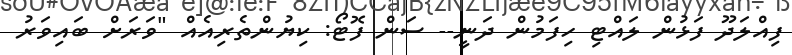
ފިއްލަދޫ ފަޅުން ލައްޓި ހިފަމުން ދަނީ-- ސަން ފޮޓޯ: ކިޔުންތެރިއެއް "ވަރަށް ބައިވަރު